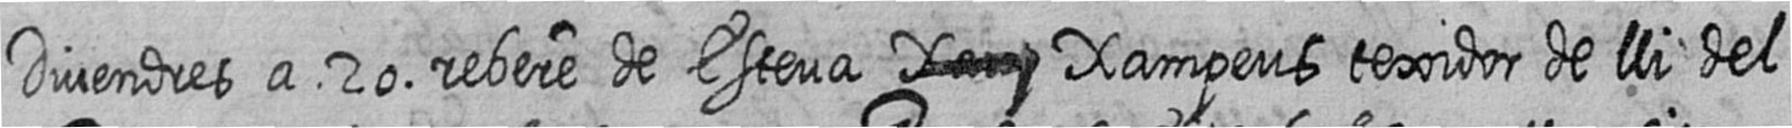
Divendres a 20 rebere de Esteva # Xampeus texidor de lli del